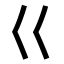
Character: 巜